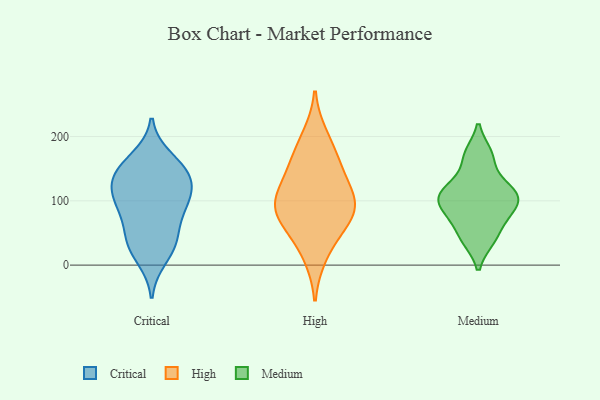
{"axis": {"x": "Conversion Rate (%)", "y": "Value"}, "legend": ["Critical", "High", "Medium"], "data": [{"x": "", "y": 95, "type": "Critical"}, {"x": "", "y": 148, "type": "Critical"}, {"x": "", "y": 133, "type": "Critical"}, {"x": "", "y": 40, "type": "Critical"}, {"x": "", "y": 88, "type": "Critical"}, {"x": "", "y": 38, "type": "Critical"}, {"x": "", "y": 86, "type": "Critical"}, {"x": "", "y": 104, "type": "Critical"}, {"x": "", "y": 166, "type": "Critical"}, {"x": "", "y": 127, "type": "Critical"}, {"x": "", "y": 130, "type": "Critical"}, {"x": "", "y": 151, "type": "Critical"}, {"x": "", "y": 11, "type": "Critical"}, {"x": "", "y": 36, "type": "Critical"}, {"x": "", "y": 155, "type": "High"}, {"x": "", "y": 93, "type": "High"}, {"x": "", "y": 100, "type": "High"}, {"x": "", "y": 64, "type": "High"}, {"x": "", "y": 200, "type": "High"}, {"x": "", "y": 99, "type": "High"}, {"x": "", "y": 130, "type": "High"}, {"x": "", "y": 15, "type": "High"}, {"x": "", "y": 58, "type": "High"}, {"x": "", "y": 167, "type": "High"}, {"x": "", "y": 89, "type": "High"}, {"x": "", "y": 123, "type": "Medium"}, {"x": "", "y": 75, "type": "Medium"}, {"x": "", "y": 41, "type": "Medium"}, {"x": "", "y": 172, "type": "Medium"}, {"x": "", "y": 124, "type": "Medium"}, {"x": "", "y": 97, "type": "Medium"}, {"x": "", "y": 105, "type": "Medium"}, {"x": "", "y": 103, "type": "Medium"}, {"x": "", "y": 40, "type": "Medium"}, {"x": "", "y": 103, "type": "Medium"}, {"x": "", "y": 169, "type": "Medium"}, {"x": "", "y": 73, "type": "Medium"}]}